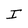
Character: I